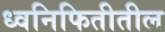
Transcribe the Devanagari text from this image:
ध्वनिफितीतील